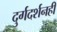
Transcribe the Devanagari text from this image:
दुर्गदर्शनही